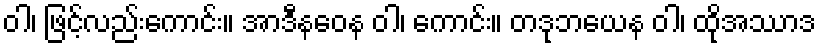
ဝါ၊ ဖြင့်လည်းကောင်း။ အာဒီနဝေန ဝါ၊ ကောင်း။ တဒုဘယေန ဝါ၊ ထိုအဿာဒ